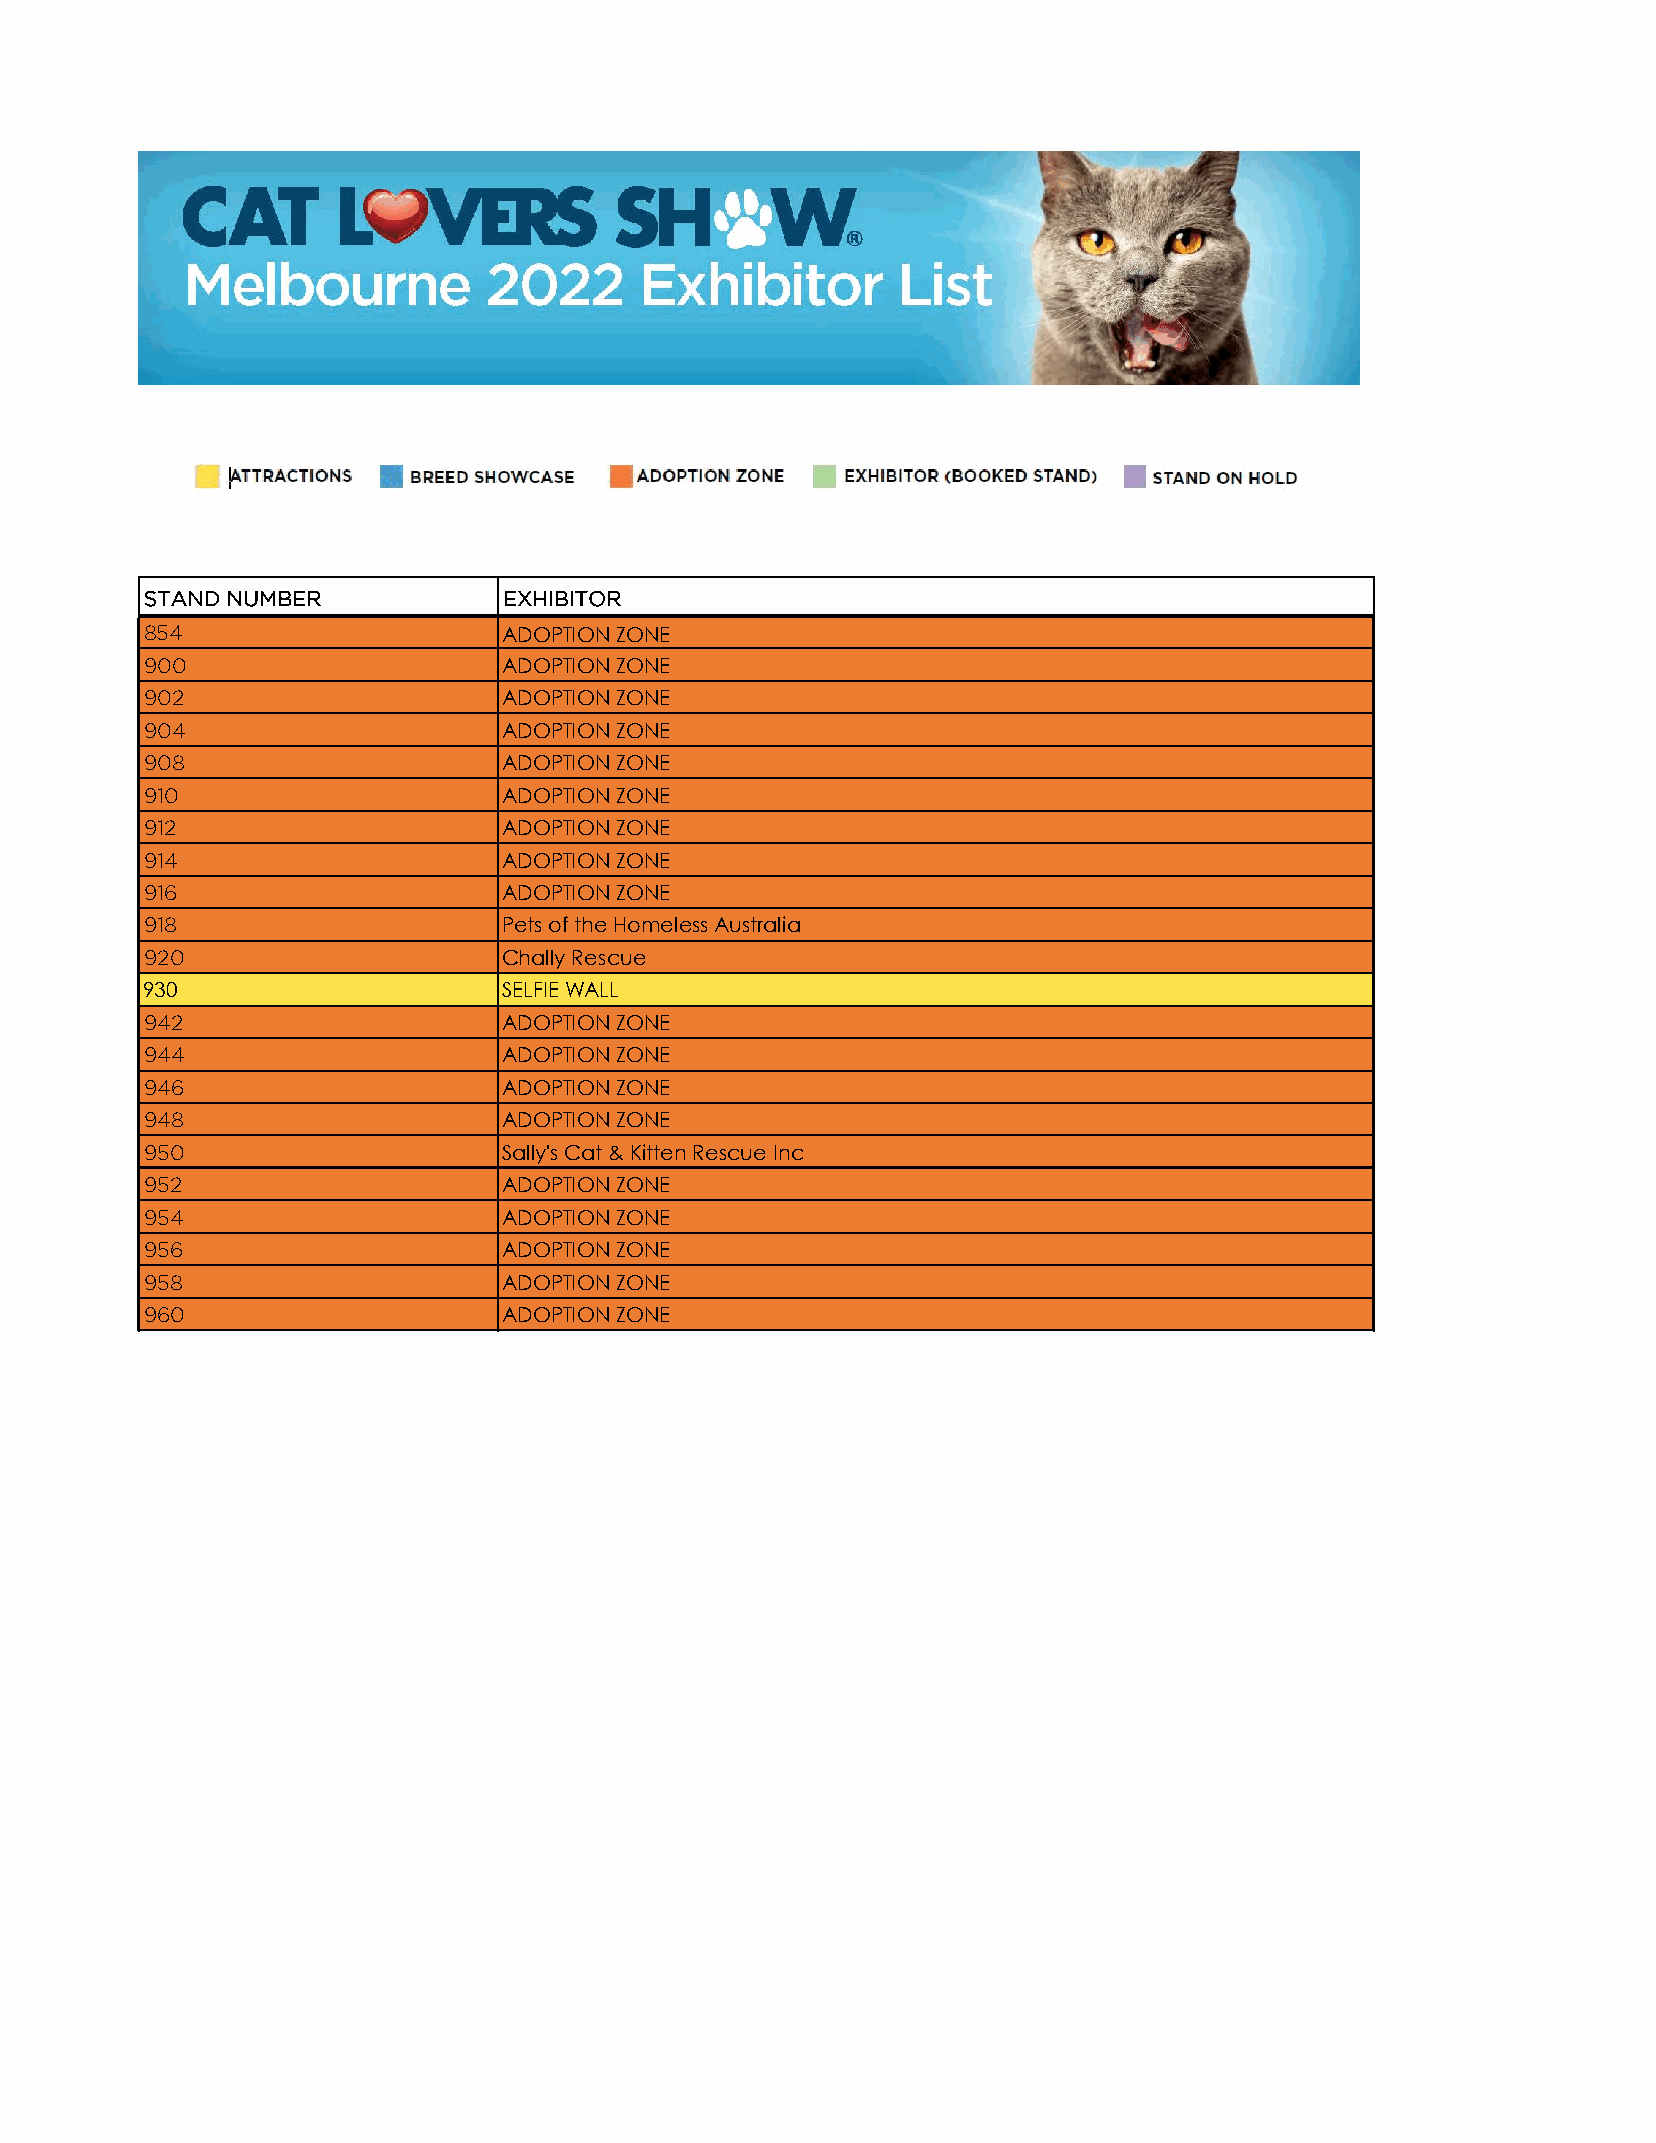
STAND NUMBER           EXHIBITOR
 854                    ADOPTION ZONE
 900                    ADOPTION ZONE
 902                    ADOPTION ZONE
 904                    ADOPTION ZONE
 908                    ADOPTION ZONE
 910                    ADOPTION ZONE
 912                    ADOPTION ZONE
 914                    ADOPTION ZONE
 916                    ADOPTION ZONE
 918                    Pets of the Homeless Australia
 920                    Chally Rescue
 930                     SELFIE WALL
 942                    ADOPTION ZONE
 944                    ADOPTION ZONE
 946                    ADOPTION ZONE
 948                    ADOPTION ZONE
 950                    Sally's Cat & Kitten Rescue Inc
 952                    ADOPTION ZONE
 954                    ADOPTION ZONE
 956                    ADOPTION ZONE
 958                    ADOPTION ZONE
 960                    ADOPTION ZONE